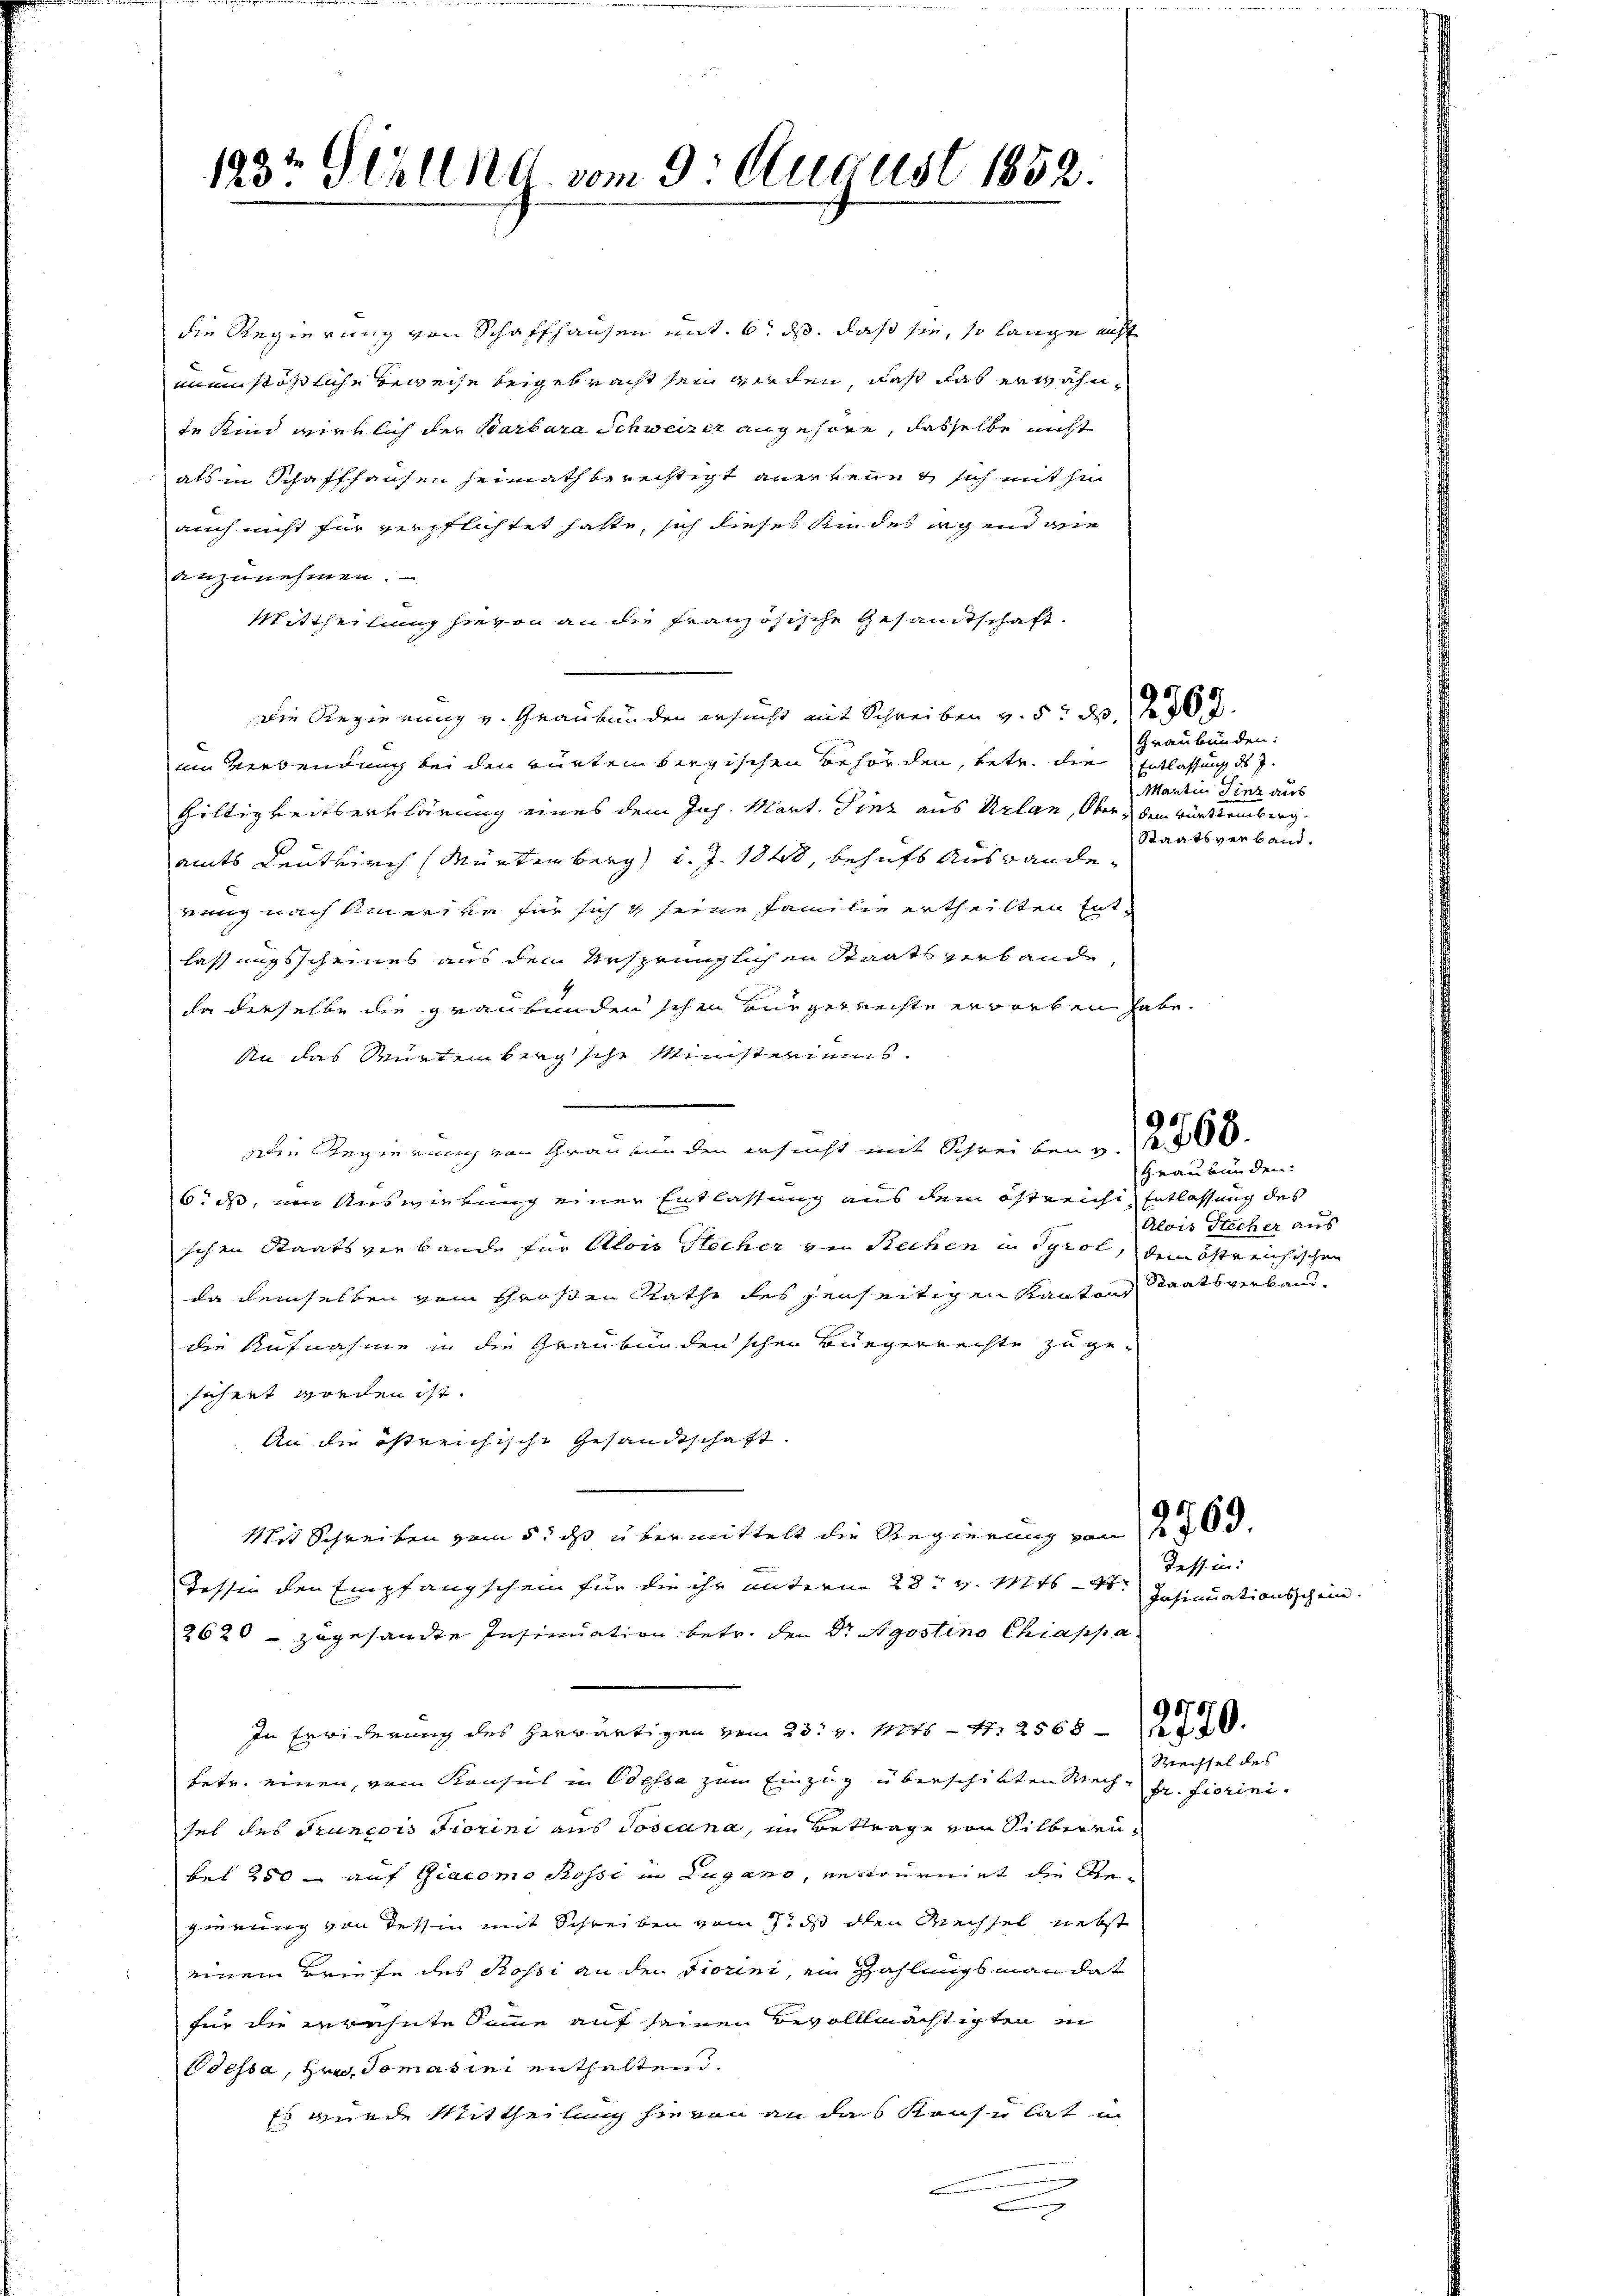
123t Seelend vom 9. August 1852.

die Regierung von Schaffhausen mit. 6. ds. daß sie, so lange auf
min stößliche Beweise beigebracht sein werden, daß das erwähnte Kind wirklich der Barbara Schweizer angehöre, dasselbe nicht
als in Schaffhausen heimath berechtigt anerkennt sich mit hi
auch nicht für verpflichtet hatte, sich dieses Kindes irgend die
anzunehmen.
Mittheilung hievon an die französische Gesamtschaft.
Die Regierung v. Graubünden ersucht mit Schreiben v. 5. d. 1 50 x
em Verwendung bei den Burten bergischen Behörden, betr. die Entlassung des J.
Hiltigkeitserklärung eines dem Joh. Mart. Sinz aus Urlan, Ober dem Bürttemberg.
amts Leutkirch (Mürtenberg d. J. 1840, behufs Auswande
rung nach Amerika für sich g seine Familie ertheilten Entlassungsscheines aus dem Ursprünglichen Staatsverbande
da derselbe die graubünden schon Bürgerrechte erworben habe.
An das Murtembergsche Meisteriums.
.
Die Regierung von Gran nun den ersucht mit Schreiben v. 12500.
bis, in Auswietung einer Entlassung aus dem östreiche Entlassung des
schen Staatsverbande für Alois Flecher von Rechen in Tyrol, dem östreichischen
da demselben vom Großen Rathe des jenseitigen Kantons
die Aufnahme in die Graubündenschen Bürgerrechte zu gesichert worden ist.
An die östreichische Gesandtschaft
Mit Schreiben vom 5. ds übermittelt die Regierung von 12 § 63.
Zessin den Empfangschein für die ihr unterm 28t v. Mts.
2620 – zugesandte Insinuation betr. den Dr. Agostino Chiappa
In Erwiderung des herwärtigen vom 23. v. 1016 - 4. 2568—220.
hetz einen, vom Konsul in Odessa zum Einzug überschikten Wechsel des Pruncois Fiorini aus Josiana, in Betrage von Silberenbei 250 - auf Giacomo Rossi in Lugano, entournirt die Gegierung von dessin mit Schreiben vom 7. ds den Wechsel nebst
einem Briefe des Rossi an den Fiorini, ein Zahlungs man dat
für die erwähnte Summe auf seinen Bevolllmächtigten in
Odessa, Hrn. Tomasie enthalten.
Es wurde Mittheilung sie von an das Kraft hat, in
.

Graubünden:
Martin Linz aus
Staatsverband.

Graubünden.
Alois Stecher aus
Staatsverband.

Tessin:
Insinuationsschein.

Rechsel des
fr. fierini.